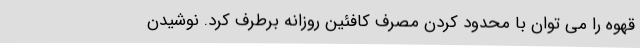
قهوه را می توان با محدود کردن مصرف کافئین روزانه برطرف کرد. نوشیدن